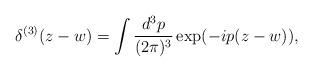
LaTeX: \begin{align*}\delta ^{(3)}(z-w)=\int \frac{d^3p}{(2\pi )^3}\exp (-ip(z-w)),\end{align*}